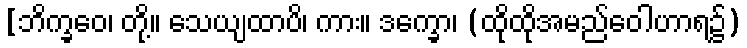
[ဘိက္ခဝေ၊ တို့။ သေယျထာပိ၊ ကား။ ဒက္ခော၊ (ထိုထိုအမည်ဝေါဟာရ၌)